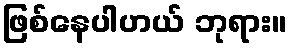
ဖြစ်နေပါဟယ် ဘုရား။